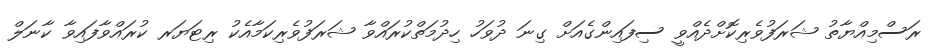
ރަސްމިއްޔާތު ޝަރަފުވެރިކޮށްދެއްވީ ސިފައިންގެއަށް ގިނަ ދުވަހު ހިދުމަތްކުރައްވާ ޝަރަފުވެރިކަމާއެކު ރިޓަޔަރ ކުރައްވާފައިވާ ކާނަލް